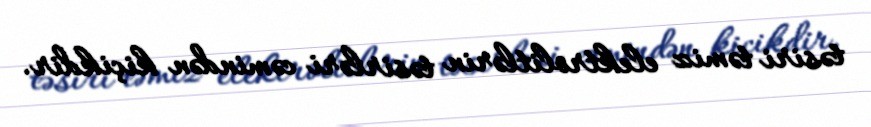
təsiri təmiz elektrolitlərin təsirləri cəmindən kiçikdir.